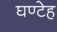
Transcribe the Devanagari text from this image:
घण्टेह